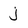
Character: j